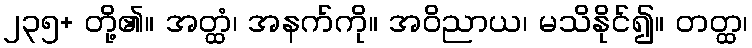
၂၃၅+ တို့၏။ အတ္ထံ၊ အနက်ကို။ အဝိညာယ၊ မသိနိုင်၍။ တတ္ထ၊